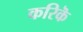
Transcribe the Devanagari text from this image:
करिकॆ